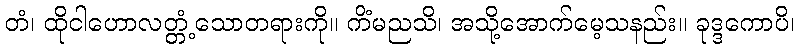
တံ၊ ထိုငါဟောလတ္တံ့သောတရားကို။ ကိံမညသိ၊ အသို့အောက်မေ့သနည်း။ ခုဒ္ဒကောပိ၊